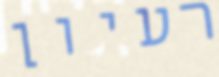
רעיון